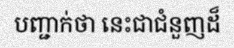
បញ្ជាក់ថា នេះជាជំនួញដ៏